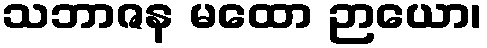
သဘာဇန မထော ဉာယော၊